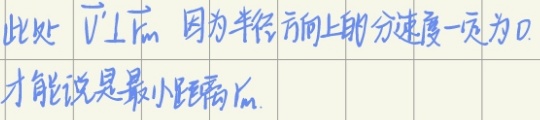
此处\(\vec{v}\perp\vec{r}_{m}\)，因为半径方向上的分速度一定为 0，才能说是最小距离 \(r_{m}\)。